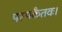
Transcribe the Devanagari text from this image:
परमकैतवः।